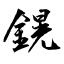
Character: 鎤